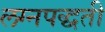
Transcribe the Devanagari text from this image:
लग्नपद्धती